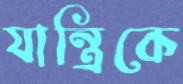
যান্ত্রিকে